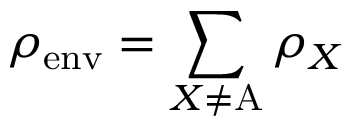
\rho _ { \mathrm { e n v } } = \sum _ { X \neq \mathrm { A } } \rho _ { X }